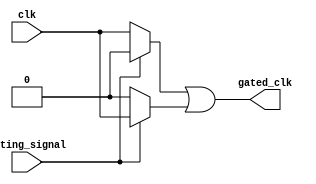
module clock_gating (
    input wire clk,        // Main clock signal
    input wire gating_signal, // Gating signal (G)
    output wire gated_clk  // Gated clock output
);

// Internal signals for PMOS and NMOS
wire nmos_out;
wire pmos_out;

// NMOS transistor implementation
assign nmos_out = (gating_signal == 1'b0) ? clk : 1'b0; // NMOS conducts when G is low

// PMOS transistor implementation
assign pmos_out = (gating_signal == 1'b1) ? clk : 1'b0; // PMOS conducts when G is high

// Combine NMOS and PMOS outputs to create gated clock
assign gated_clk = nmos_out | pmos_out;

endmodule